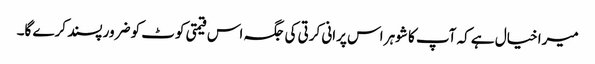
میرا خیال ہے کہ آپ کا شوہر اس پرانی کرتی کی جگہ اس قیمتی کوٹ کو ضرور پسند کرے گا۔